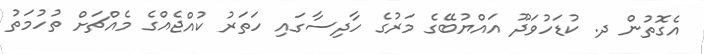
އެގޮތުން ދ. ކުޑަހުވަދޫ އައްޔުބޭގެ މަރުގެ ހާދިސާގައި ހަތަރު ކުއްޖެއްގެ މެއްޗަށް ތުހުމަތު